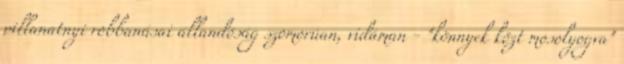
pillanatnyi robbanásai állandóság szomorúan, vidáman - "könnyek közt mosolyogva"